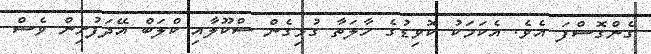
ގެންގޮސްފަ އެވެ. އެކަމަކު ކޮވިޑުގެ ހާލަތާ ގުޅިގެން ސްކޫލާއި ކްލަބް އޭދަފުށިން ވެސް